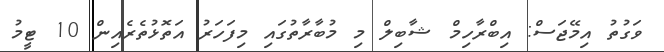
ވަގުތު އިމޭޖަސް: އިބްރާހިމް ޝާބިލް މި މުބާރާތުގައި މިފަހަރު އަތޮޅުތެރެއިން 10 ޓީމު